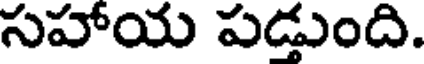
సహాయ పడ్తుంది.